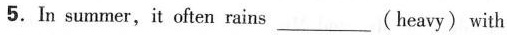
5. In summer,it often rains___(heavy) with